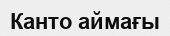
Канто аймағы